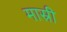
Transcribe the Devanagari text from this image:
मास्री